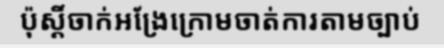
ប៉ុស្តិ៍ចាក់អង្រែក្រោមចាត់ការតាមច្បាប់